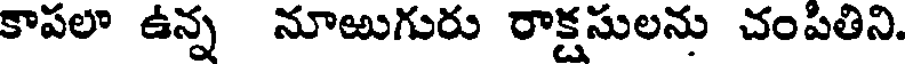
కాపలా ఉన్న నూఱుగురు రాక్షసులను చంపితిని.